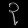
Digit: ၃